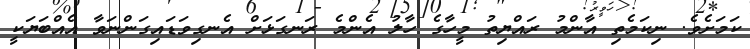
ކަމަށެވެ. ނިކަމެތި އާންމު ރައްޔިތު މީހާގެ ހާލު އެންމެ ރަނގަޅަށް އެނގިވަޑައިގަންނަވާ އެއްބަޔަކީ